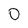
Character: 0